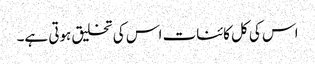
اس کی کل کائنات اس کی تخلیق ہوتی ہے۔